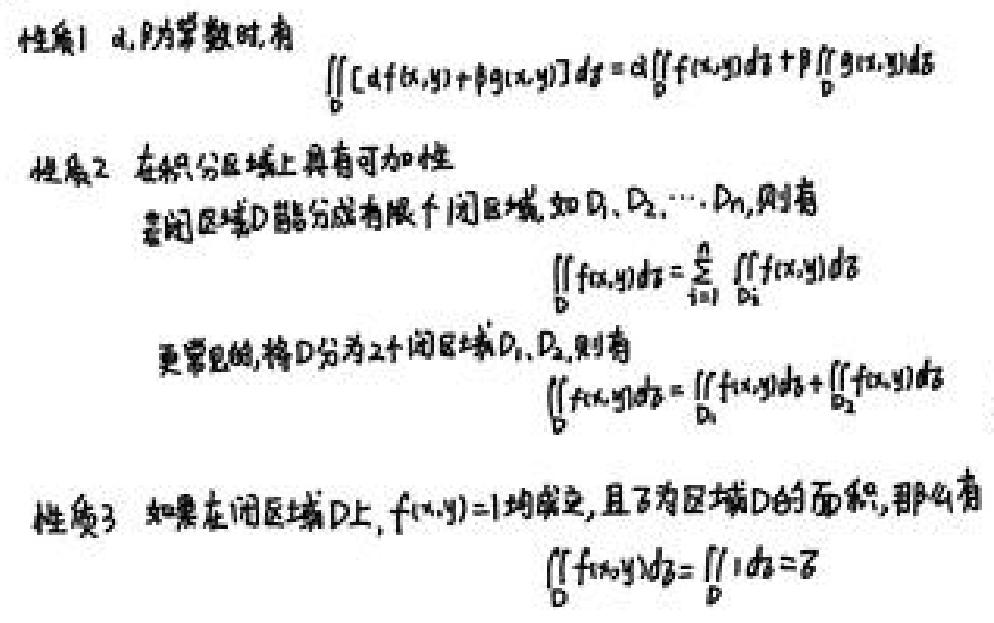
性质1 $\alpha,\beta$为常数时，有
\[
\iint_{D}[\alpha f(x,y) + \beta g(x,y)]d\sigma=\alpha\iint_{D}f(x,y)d\sigma+\beta\iint_{D}g(x,y)d\sigma
\]
性质2 在积分区域上具有可加性
若闭区域$D$能分成有限个闭区域，如$D_1,D_2,\cdots,D_n$，则有
\[
\iint_{D}f(x,y)d\sigma=\sum_{i = 1}^{n}\iint_{D_i}f(x,y)d\sigma
\]
更常见的，将$D$分为2个闭区域$D_1,D_2$，则有
\[
\iint_{D}f(x,y)d\sigma=\iint_{D_1}f(x,y)d\sigma+\iint_{D_2}f(x,y)d\sigma
\]
性质3 如果在闭区域$D$上，$f(x,y)=1$均成立，且$\sigma$为区域$D$的面积，那么有
\[
\iint_{D}f(x,y)d\sigma=\iint_{D}1d\sigma=\sigma
\]